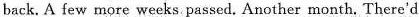
back.A few more weeks passed. Another month. There'd